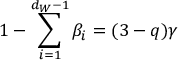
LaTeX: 1 - \sum _ { i = 1 } ^ { d _ { W } - 1 } \beta _ { i } = ( 3 - q ) \gamma